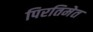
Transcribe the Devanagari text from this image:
पिरतिमेत